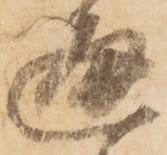
通